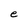
Character: e